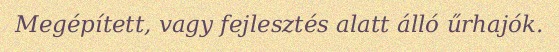
Megépített, vagy fejlesztés alatt álló űrhajók.